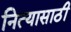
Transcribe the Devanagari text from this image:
नित्यासाठी